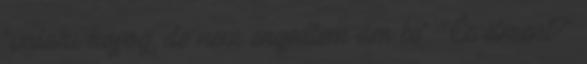
"valaki kopog, de nem engedtem ám be". "És elment?"